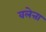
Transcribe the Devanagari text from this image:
वलेत्ता